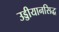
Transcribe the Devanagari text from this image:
उड्डीयानसिद्ध